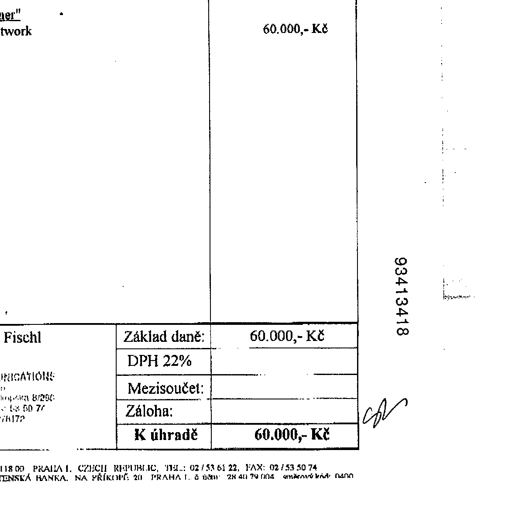
Transcript:
ner"
twork
60.000,- Kč
93413418
Fischl
Základ daně:
60.000,- Kč
DPH 22%
Mezisoučet:
Záloha:
K úhradě
60.000,- Kč col
118 00 PRAHA 1, CZECH REPUBLIC, TEL.: 02 / 53 61 22, FAX: 02 / 53 50 74
ENSKÁ BANKA, NA PŘÍKOPĚ 20 PRAHA 1, č. účtu: 28 40 79 004 směrový kód: 0400